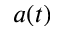
a ( t )